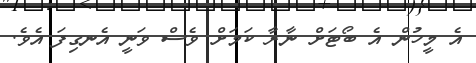
އެ މީހުން އެ ބޯޓަށް ނާރާ ކަމަށް ވެސް ވަނީ އެނގިފަ އެވެ.